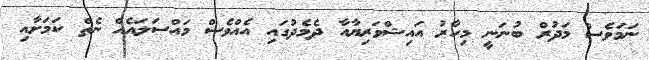
ނަމަވެސް މަދުރް ބުނަނީ މިހާރު އައިޝްވަރިޔާއާ ދެމެދުގައި އެއްވެސް މައްސަލައެއް ނެތް ކަަމަށާއި